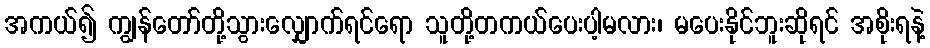
အကယ်၍ ကျွန်တော်တို့သွားလျှောက်ရင်ရော သူတို့တကယ်ပေးပါ့မလား၊ မပေးနိုင်ဘူးဆိုရင် အစိုးရနဲ့